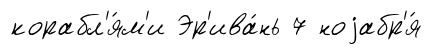
корабл'я́м'и Эр'ива́нь 7 ноjабр'я́